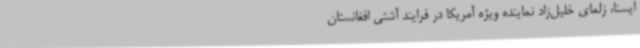
ایسنا، زلمای خلیل‌زاد نماینده ویژه آمریکا در فرایند آشتی افغانستان